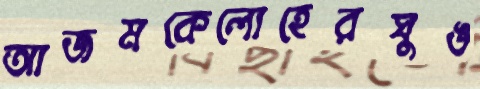
আজমকেলোহেরঘুঙ